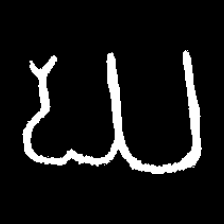
Pyu character \u2014 Myanmar letter: ဃ (romanized: gha)